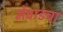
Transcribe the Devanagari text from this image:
मेवाडचा